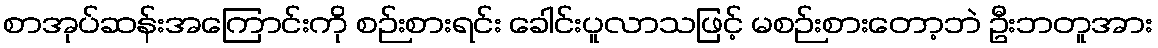
စာအုပ်ဆန်းအကြောင်းကို စဉ်းစားရင်း ခေါင်းပူလာသဖြင့် မစဉ်းစားတော့ဘဲ ဦးဘတူအား